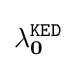
{\mathbf {\lambda } }_{\mathbf {0} }^{\mathtt {KED}}